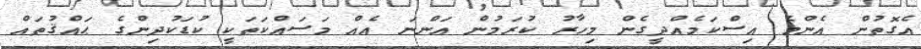
އެގޮތުން އެންމެ އިސްކަމެއްދީގެން މިހާރު ކުރަމުން އަންނަ އެއް މަސައްކަތަކީ ކުޑަކުދިންގެ ޙައްޤުތައް